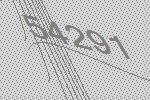
54291